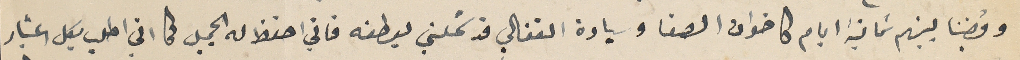
وقضينا بينهم ثمانية ايام كاخوان الصفا وسيادة الفغالي قد شملني بعطفه فاني احفظ له الجميل كما اني اطلب بكل اعتبار